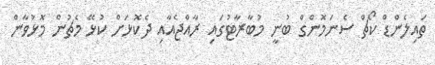
ތައިލެންޑް ކޯޗް ސެނަމޮންގް ބުނީ މުބާރާޓުގައި ރާއްޖެއާއި ދެކޮޅަށް ކުޅޭ މެޗުން މޮޅުވާން